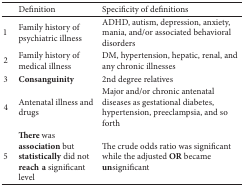
<table><thead><tr><td><b> </b></td><td><b>Definition </b></td><td><b>Specificity of definitions </b></td></tr></thead><tbody><tr><td>1</td><td>Family history of psychiatric illness</td><td>ADHD, autism, depression, anxiety, mania, and/or associated behavioral disorders</td></tr><tr><td>2</td><td>Family history of medical illness</td><td>DM, hypertension, hepatic, renal, and any chronic illnesses </td></tr><tr><td>3</td><td><b>Consanguinity</b></td><td>2nd degree relatives </td></tr><tr><td>4</td><td>Antenatal illness and drugs </td><td>Major and/or chronic antenatal diseases as gestational diabetes, hypertension, preeclampsia, and so forth </td></tr><tr><td>5</td><td><b>There </b>was <b>association</b> but <b>statistically</b> did not <b>reacha</b> significant level</td><td>The crude odds ratio was significant while the adjusted <b>OR</b> became <b>un</b>significant</td></tr></tbody></table>